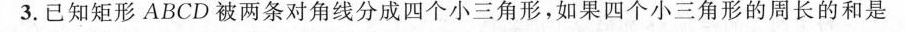
3.已知矩形ABCD被两条对角线分成四个小三角形，如果四个小三角形的周长的和是